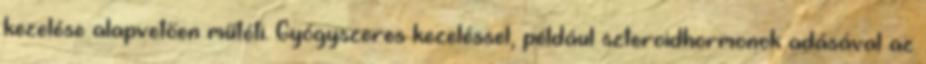
kezelése alapvetően műtéti. Gyógyszeres kezeléssel, például szteroidhormonok adásával az